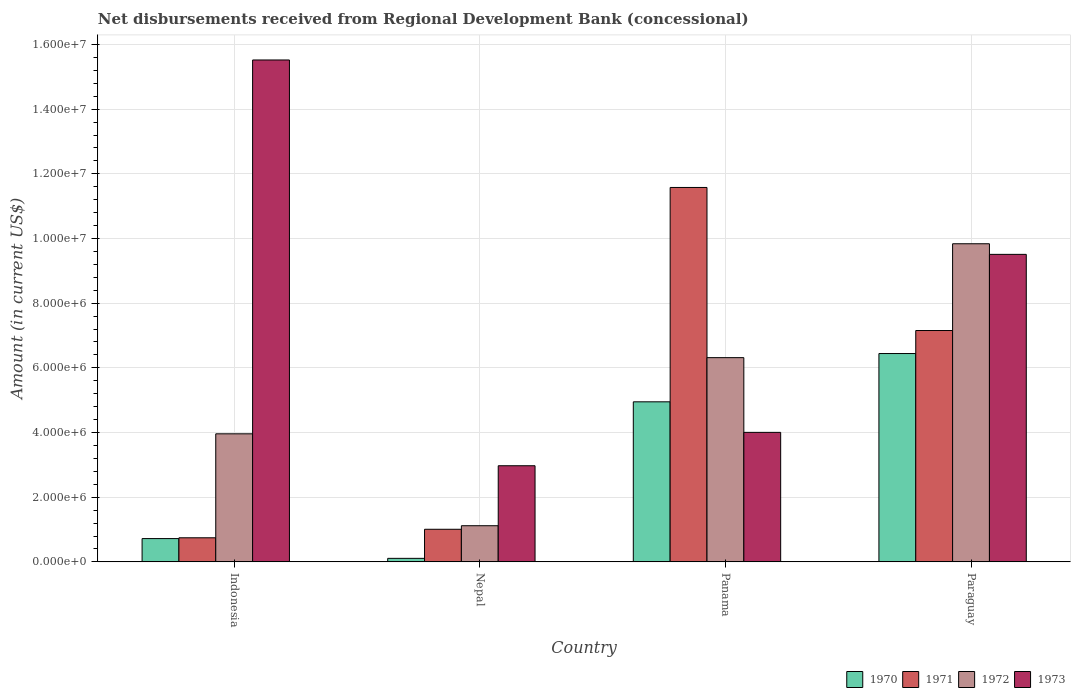
| Country | 1970 | 1971 | 1972 | 1973 |
 | --- | --- | --- | --- | --- |
 | Indonesia | 7.2e+05 | 7.45e+05 | 3.96e+06 | 1.55e+07 |
 | Nepal | 1.09e+05 | 1.01e+06 | 1.12e+06 | 2.97e+06 |
 | Panama | 4.95e+06 | 1.16e+07 | 6.32e+06 | 4.00e+06 |
 | Paraguay | 6.44e+06 | 7.16e+06 | 9.84e+06 | 9.51e+06 |